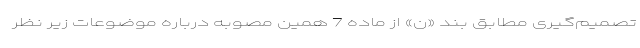
تصمیم‌گیری مطابق بند «ن» از ماده 7 همین مصوبه درباره موضوعات زیر نظر